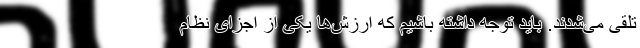
تلقی می‌شدند. باید توجه داشته باشیم که ارزش‌ها یکی از اجزای نظام